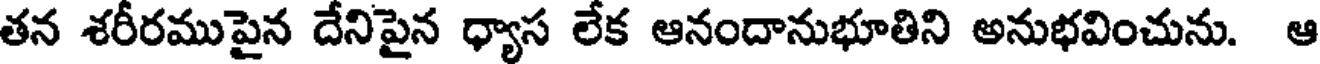
తన శరీరముపైన దేనిపైన ధ్యాస లేక ఆనందానుభూతిని అనుభవించును. ఆ